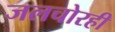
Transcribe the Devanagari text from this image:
जलचोरही